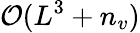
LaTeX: \mathcal{O}(L^{3}+n_{v})